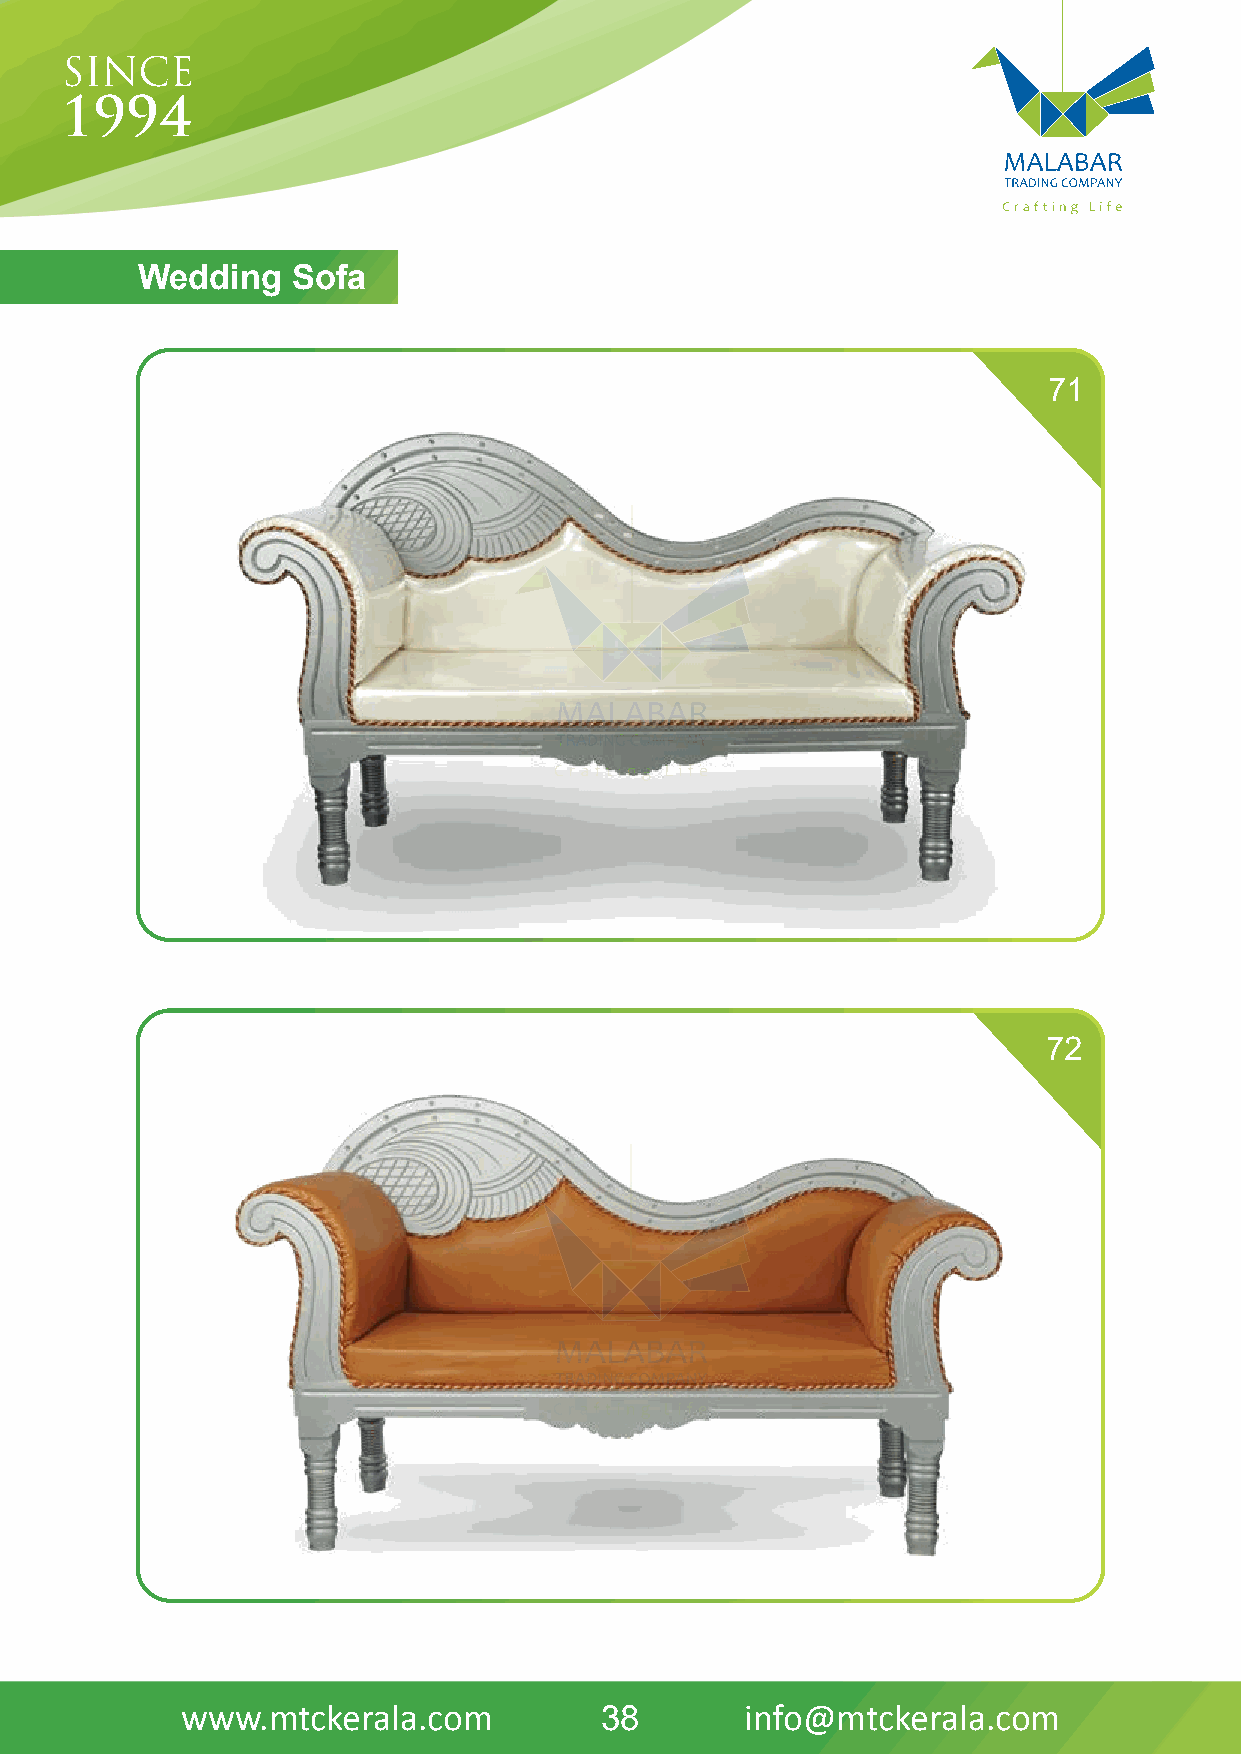
Wedding   Sofa
 71
 72
 www.mtckerala.com           38       info@mtckerala.com